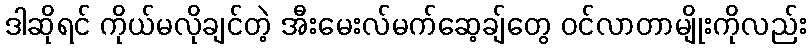
ဒါဆိုရင် ကိုယ်မလိုချင်တဲ့ အီးမေးလ်မက်ဆေ့ချ်တွေ ဝင်လာတာမျိုးကိုလည်း